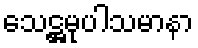
သေဋ္ဌမုပါသမာနာ